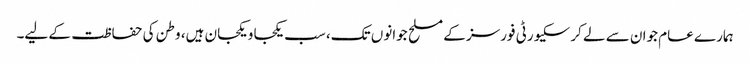
ہمارے عام جوان سے لے کر سکیورٹی فورسز کے مسلح جوانوں تک، سب یکجا و یکجان ہیں، وطن کی حفاظت کے لیے۔